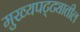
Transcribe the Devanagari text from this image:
मुख्यपट्ट्यातील